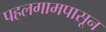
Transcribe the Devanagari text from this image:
पहलगामपासून